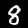
Digit: 8